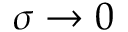
\sigma \to 0